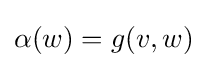
\alpha (w)=g(v,w)